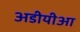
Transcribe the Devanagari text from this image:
अडीयीआ